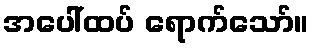
အပေါ်ထပ် ရောက်သော်။